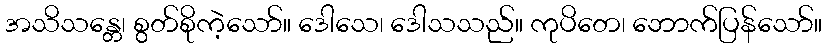
အသိသန္တေ၊ စွတ်စိုကဲ့သော်။ ဒေါသေ၊ ဒေါသသည်။ ကုပိတေ၊ ဘောက်ပြန်သော်။